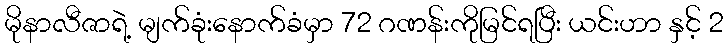
မိုနာလီဇာရဲ့ မျက်ခုံးနောက်ခံမှာ 72 ဂဏန်းကိုမြင်ရပြီး ယင်းဟာ နှင့် 2